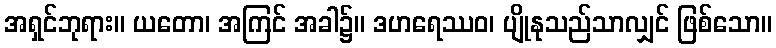
အရှင်ဘုရား။ ယတော၊ အကြင် အခါ၌။ ဒဟရေဿဝ၊ ပျိုနုသည်သာလျှင် ဖြစ်သော။